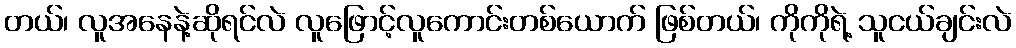
တယ်၊ လူအနေနဲ့ဆိုရင်လဲ လူဖြောင့်လူကောင်းတစ်ယောက် ဖြစ်တယ်၊ ကိုကိုရဲ့ သူငယ်ချင်းလဲ